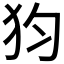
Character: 𤜼